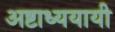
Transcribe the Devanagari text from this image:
अष्टाध्ययायी